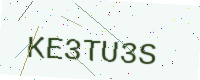
Text: KE3TU3S